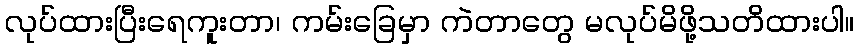
လုပ်ထားပြီးရေကူးတာ၊ ကမ်းခြေမှာ ကဲတာတွေ မလုပ်မိဖို့သတိထားပါ။